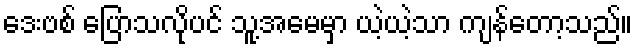
ဒေးဗစ် ပြောသလိုပင် သူ့အမေမှာ ယဲ့ယဲ့သာ ကျန်တော့သည်။